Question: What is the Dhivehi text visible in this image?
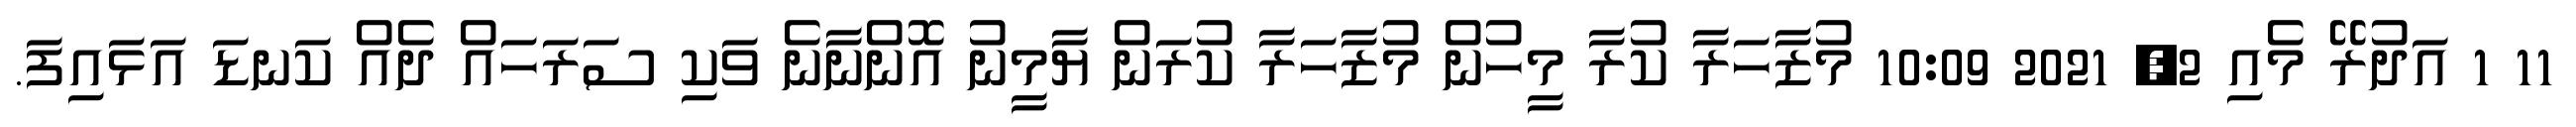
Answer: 11 1 އަދުރޭ މެއި 2, 2021 10:09 މުޒާހަރާ ކުރާ މީހުން މުޒާހަރާ ކުރަން ޔާމީނު އޮންނާނެ ވަކި ސަރަހައް ދެއް ކަނޑަ އަޅައިފަ.